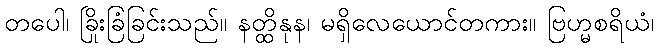
တပေါ၊ ခြိုးခြံခြင်းသည်။ နတ္ထိနုန၊ မရှိလေယောင်တကား။ ဗြဟ္မစရိယံ၊